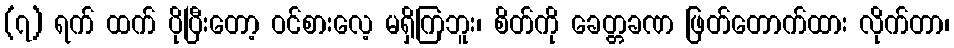
(၇) ရက် ထက် ပိုပြီးတော့ ဝင်စားလေ့ မရှိကြဘူး၊ စိတ်ကို ခေတ္တခဏ ဖြတ်တောက်ထား လိုက်တာ၊